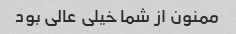
ممنون از شما خیلی عالی بود